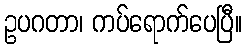
ဥပဂတာ၊ ကပ်ရောက်ပေပြီ။